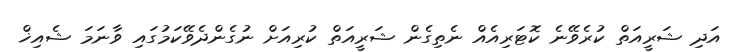
އަދި ޝަރީއަތް ކުރެވޭނެ ކޮޓަރިއެއް ނެތިގެން ޝަރީއަތް ކުރިއަށް ނުގެންދެވޭކަމުގައި ވާނަމަ ޝެއިޚް